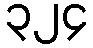
၃၂၄